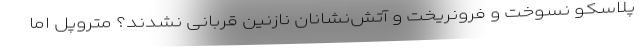
پلاسکو نسوخت و فرونریخت و آتش‌نشانان نازنین قربانی نشدند؟ متروپل اما